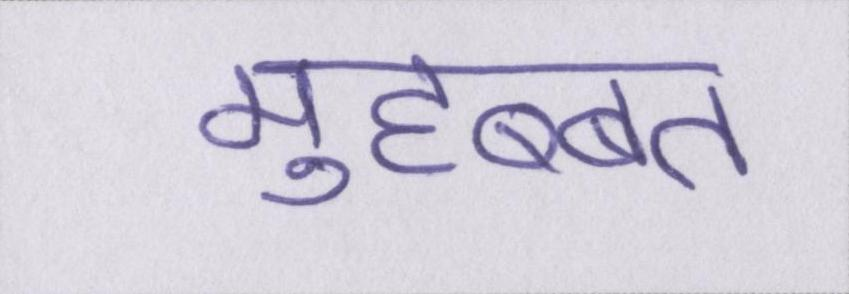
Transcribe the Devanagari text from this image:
मुहब्बत